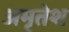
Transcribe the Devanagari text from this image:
अमृतेश